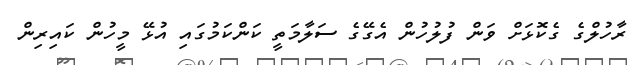
ރާހުލްގެ ގެކޮޅަށް ވަން ފުލުހުން އެގޭގެ ސަލާމަތީ ކަންކަމުގައި އުޅޭ މީހުން ކައިރިން